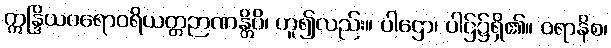
ဣန္ဒြိယဝရောဝရိယတ္တဉာဏန္တိပိ၊ ဟူ၍လည်း။ ပါဌော၊ ပါဌ်၌ရှိ၏။ ဝရာနိစ၊